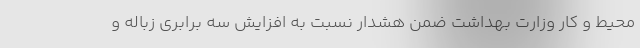
محیط و کار وزارت بهداشت ضمن هشدار نسبت به افزایش سه برابری زباله و